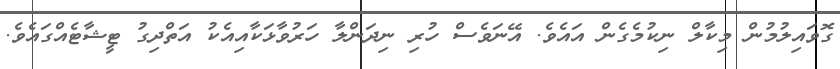
ގޮވައިލުމުން މިކާލް ނިކުމެގެން އައެވެ. އޭނަވެސް ހުރި ނިދަންލާ ހަރުވާޅަކާއިއެކު އަތްދިގު ޓީޝާޓެއްގައެވެ.